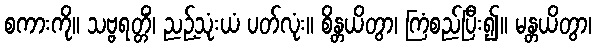
စကားကို။ သဗ္ဗရတ္တိံ၊ ညဉ့်သုံးယံ ပတ်လုံး။ စိန္တယိတွာ၊ ကြံစည်ပြီး၍။ မန္တယိတွာ၊